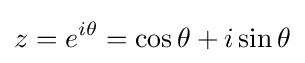
z=e^{i\theta }=\cos \theta +i\sin \theta